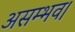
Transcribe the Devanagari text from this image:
असम्भव।